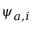
\psi _ { a , i }